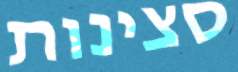
סצינות